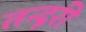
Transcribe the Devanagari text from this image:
तन्दूरी